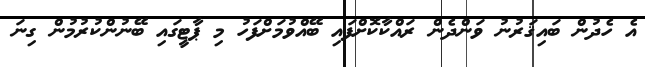
އެ ހެދުން ބައިޤަރުނު ވަންދެން ރައްކާކޮށްފައި ބޭއްވުމަށްފަހު މި ޕާޓީގައި ބޭނުންކުރުމުން ގިނަ